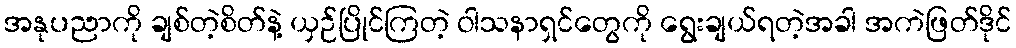
အနုပညာကို ချစ်တဲ့စိတ်နဲ့ ယှဉ်ပြိုင်ကြတဲ့ ဝါသနာရှင်တွေကို ရွေးချယ်ရတဲ့အခါ အကဲဖြတ်ဒိုင်